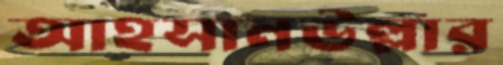
আহসানউল্লার